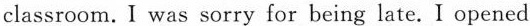
classroom.I was sorry for being late.I opened